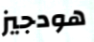
هودجيز